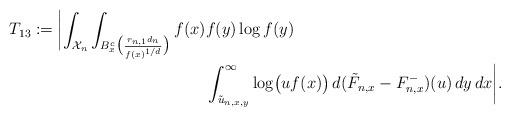
LaTeX: \begin{align*}T_{13} := \biggl|\int_{\mathcal{X}_n} \int_{B_x^c\bigl(\frac{r_{n,1}d_n}{f(x)^{1/d}}\bigr)} f(x) &f(y) \log f(y) \\& \int_{\tilde{u}_{n,x,y}}^\infty \log \bigl(uf(x)\bigr) \, d(\tilde{F}_{n,x} - F_{n,x}^-)(u) \, dy \, dx\biggr|.\end{align*}